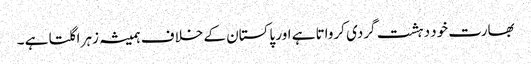
بھارت خود دہشت گردی کرواتا ہے اور پاکستان کے خلا ف ہمیشہ زہر اگلتا ہے ۔